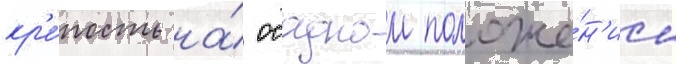
кр'е́пость на́ осадном положе́н'ии